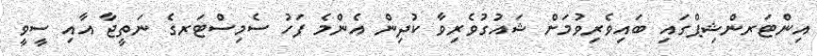
އިންޓަރންޝިޕްގައި ބައިވެރިވުމަށް ޝައުގުވެރިވާ ކުދިން އެންމެ ފަހު ސެމިސްޓަރގެ ނަތީޖާ އާއި ސީވީ